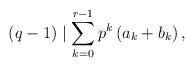
LaTeX: \begin{align*}(q-1)\mid\sum_{k=0}^{r-1}p^k\left(a_k+b_k\right),\end{align*}